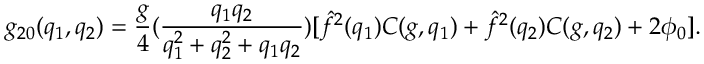
g _ { 2 0 } ( q _ { 1 } , q _ { 2 } ) = { \frac { g } { 4 } } ( { \frac { q _ { 1 } q _ { 2 } } { q _ { 1 } ^ { 2 } + q _ { 2 } ^ { 2 } + q _ { 1 } q _ { 2 } } } ) [ \hat { f } ^ { 2 } ( q _ { 1 } ) C ( g , q _ { 1 } ) + \hat { f } ^ { 2 } ( q _ { 2 } ) C ( g , q _ { 2 } ) + 2 \phi _ { 0 } ] .